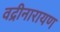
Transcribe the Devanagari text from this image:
वद्रीनारायण